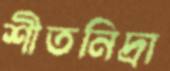
শীতনিদ্রা